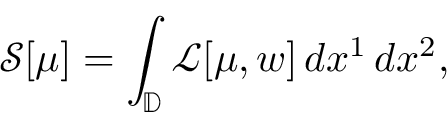
\mathcal { S } [ \mu ] = \int _ { \mathbb { D } } \mathcal { L } [ \mu , w ] \, d x ^ { 1 } \, d x ^ { 2 } ,